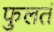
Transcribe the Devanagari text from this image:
फुलतं